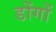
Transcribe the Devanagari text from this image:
डोंगों